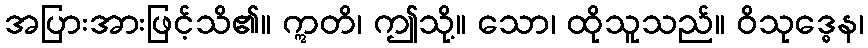
အပြားအားဖြင့်သိ၏။ ဣတိ၊ ဤသို့။ သော၊ ထိုသူသည်။ ဝိသုဒ္ဓေန၊